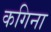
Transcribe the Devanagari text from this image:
कगिना